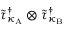
\widetilde { \tau } _ { \kappa _ { \mathrm { A } } } ^ { \dagger } \otimes \widetilde { \tau } _ { \kappa _ { \mathrm { B } } } ^ { \dagger }